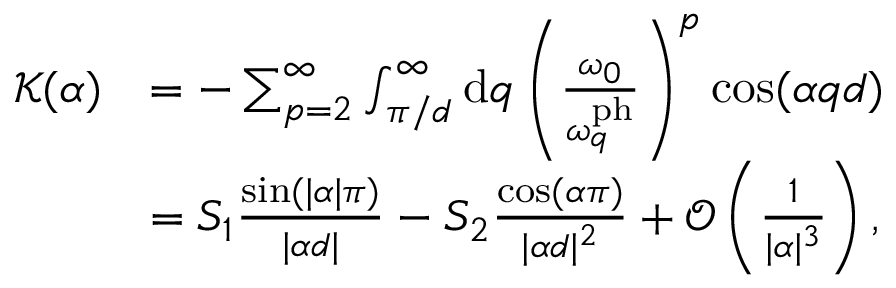
\begin{array} { r l } { \mathcal { K } ( \alpha ) } & { = - \sum _ { p = 2 } ^ { \infty } \int _ { \pi / d } ^ { \infty } \mathrm { d } q \left( \frac { \omega _ { 0 } } { \omega _ { q } ^ { \mathrm { p h } } } \right) ^ { p } \cos ( \alpha q d ) } \\ & { = S _ { 1 } \frac { \sin ( | \alpha | \pi ) } { | \alpha d | } - S _ { 2 } \frac { \cos ( \alpha \pi ) } { | \alpha d | ^ { 2 } } + \mathcal { O } \left( \frac { 1 } { | \alpha | ^ { 3 } } \right) , } \end{array}